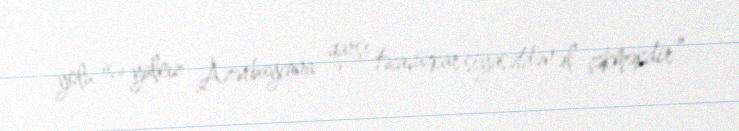
yolu isə yalnız Azərbaycana qarşı təcavüzkar siyasətdən əl çəkməkdir”.